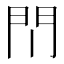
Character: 𫔘